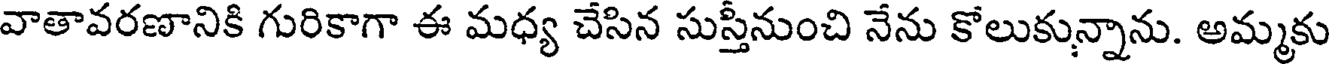
వాతావరణానికి గురికాగా ఈ మధ్య చేసిన సుస్తీనుంచి నేను కోలుకున్నాను. అమ్మకు